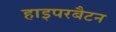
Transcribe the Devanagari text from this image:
हाइपरबैटन